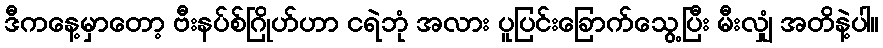
ဒီကနေ့မှာတော့ ဗီးနပ်စ်ဂြိုဟ်ဟာ ငရဲဘုံ အလား ပူပြင်းခြောက်သွေ့ပြီး မီးလျှံ အတိနဲ့ပါ။